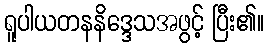
ရူပါယတနနိဒ္ဒေသအဖွင့် ပြီး၏။